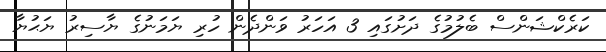
ކަރެކްޝަންސް ބެލުމުގެ ދަށުގައި 3 އަހަރު ވަންދެން ހުރި ޔަމަނުގެ ޔާސިރު ޔަޙުޔާ